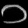
Digit: ၁